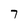
Character: 7